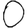
Digit: 0